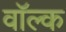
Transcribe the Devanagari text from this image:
वॉल्क